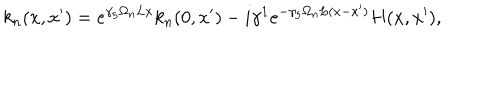
LaTeX: k _ { n } ( x , x ^ { \prime } ) = e ^ { \gamma _ { 5 } \Omega _ { n } L x } k _ { n } ( 0 , x ^ { \prime } ) - i \gamma ^ { 1 } e ^ { - \gamma _ { 5 } \Omega _ { n } L ( x - x ^ { \prime } ) } H ( x , x ^ { \prime } ) ,